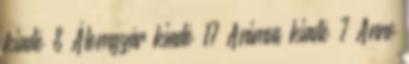
kiadó 8 Álomgyár kiadó 17 Animus kiadó 7 Anno